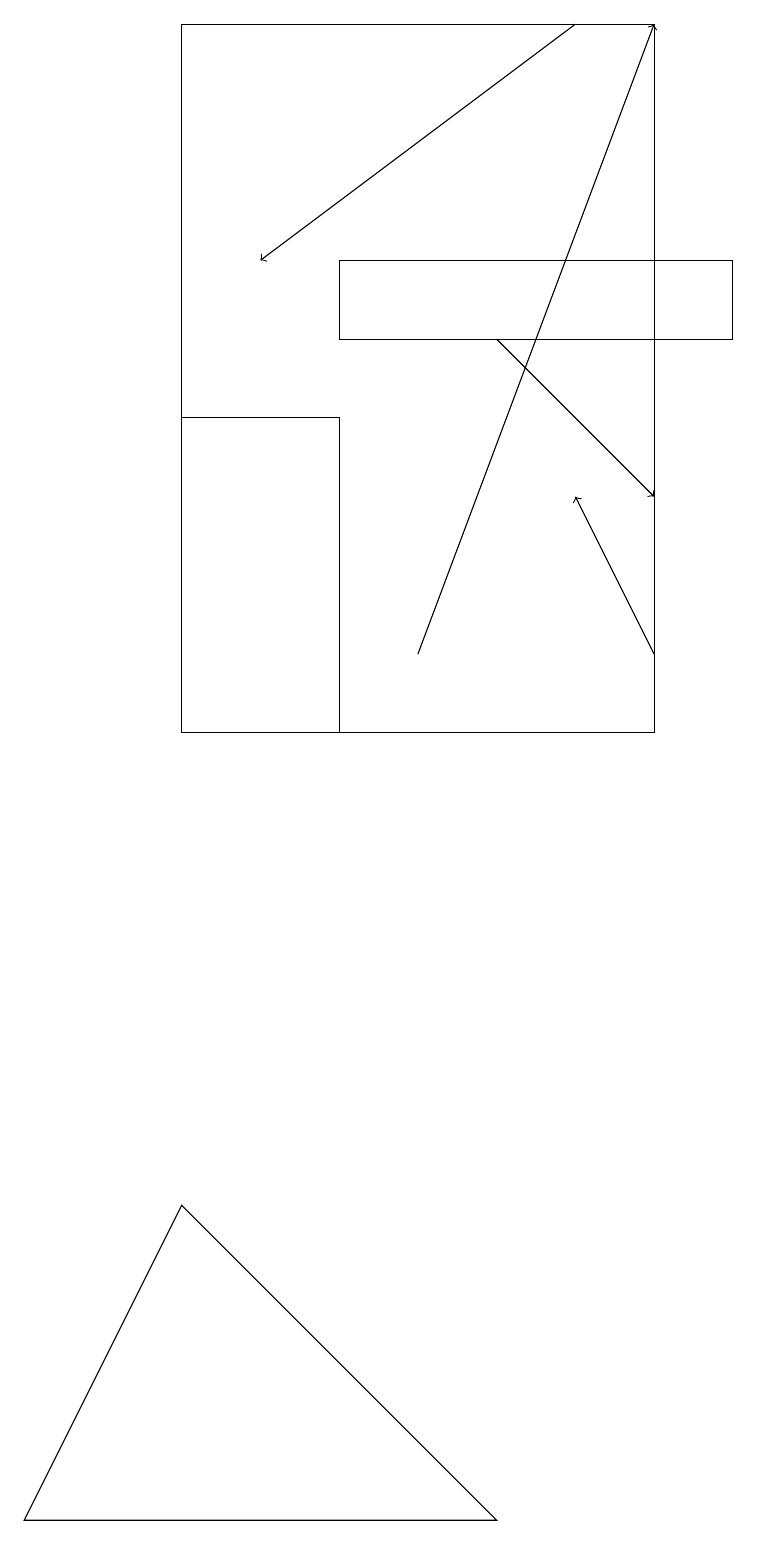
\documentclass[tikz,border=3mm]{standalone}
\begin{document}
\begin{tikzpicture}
\draw[->] (5,11) -- (8,19);
\draw (4,10) rectangle (2,14);
\draw[->] (6,15) -- (8,13);
\draw[->] (8,11) -- (7,13);
\draw (0,0) -- (6,0) -- (2,4) -- cycle;
\draw (4,15) rectangle (9,16);
\draw[->] (7,19) -- (3,16);
\draw (8,10) rectangle (2,19);
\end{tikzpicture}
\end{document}